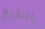
بالطبع